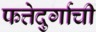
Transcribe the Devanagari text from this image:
फत्तेदुर्गाची